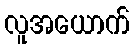
လူအယောက်